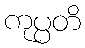
ကုပ္ပတိ